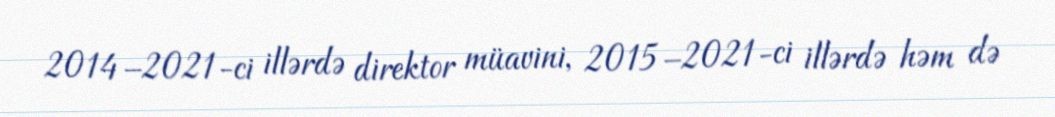
2014–2021-ci illərdə direktor müavini, 2015–2021-ci illərdə həm də